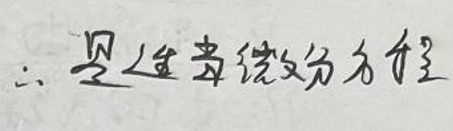
$\therefore $是适当微分方程